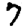
Digit: 7